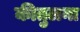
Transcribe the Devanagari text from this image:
कीतुलना